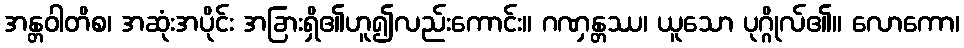
အန္တဝါတိစ၊ အဆုံးအပိုင်း အခြားရှိ၏ဟူ၍လည်းကောင်း။ ဂဏှန္တဿ၊ ယူသော ပုဂ္ဂိုလ်၏။ လောကော၊